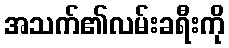
အသက်၏လမ်းခရီးကို